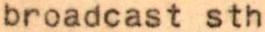
broadcast sth